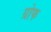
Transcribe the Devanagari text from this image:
ग्रोफ